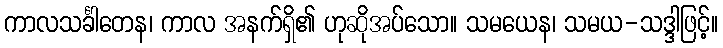
ကာလသင်္ခါတေန၊ ကာလ အနက်ရှိ၏ ဟုဆိုအပ်သော။ သမယေန၊ သမယ-သဒ္ဒါဖြင့်။